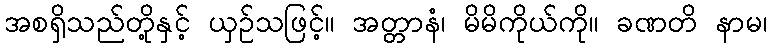
အစရှိသည်တို့နှင့် ယှဉ်သဖြင့်။ အတ္တာနံ၊ မိမိကိုယ်ကို။ ခဏတိ နာမ၊